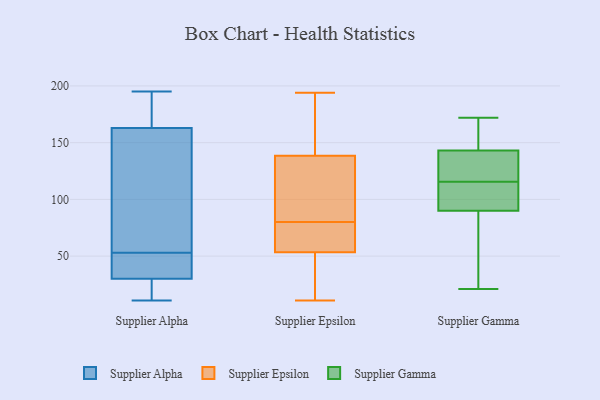
{"axis": {"x": "Market Share (%)", "y": "Value"}, "legend": ["Supplier Alpha", "Supplier Epsilon", "Supplier Gamma"], "data": [{"x": "", "y": 11, "type": "Supplier Alpha"}, {"x": "", "y": 166, "type": "Supplier Alpha"}, {"x": "", "y": 30, "type": "Supplier Alpha"}, {"x": "", "y": 112, "type": "Supplier Alpha"}, {"x": "", "y": 195, "type": "Supplier Alpha"}, {"x": "", "y": 19, "type": "Supplier Alpha"}, {"x": "", "y": 61, "type": "Supplier Alpha"}, {"x": "", "y": 163, "type": "Supplier Alpha"}, {"x": "", "y": 45, "type": "Supplier Alpha"}, {"x": "", "y": 40, "type": "Supplier Alpha"}, {"x": "", "y": 146, "type": "Supplier Epsilon"}, {"x": "", "y": 60, "type": "Supplier Epsilon"}, {"x": "", "y": 76, "type": "Supplier Epsilon"}, {"x": "", "y": 186, "type": "Supplier Epsilon"}, {"x": "", "y": 47, "type": "Supplier Epsilon"}, {"x": "", "y": 45, "type": "Supplier Epsilon"}, {"x": "", "y": 16, "type": "Supplier Epsilon"}, {"x": "", "y": 175, "type": "Supplier Epsilon"}, {"x": "", "y": 69, "type": "Supplier Epsilon"}, {"x": "", "y": 131, "type": "Supplier Epsilon"}, {"x": "", "y": 84, "type": "Supplier Epsilon"}, {"x": "", "y": 194, "type": "Supplier Epsilon"}, {"x": "", "y": 115, "type": "Supplier Epsilon"}, {"x": "", "y": 11, "type": "Supplier Epsilon"}, {"x": "", "y": 76, "type": "Supplier Epsilon"}, {"x": "", "y": 113, "type": "Supplier Epsilon"}, {"x": "", "y": 92, "type": "Supplier Gamma"}, {"x": "", "y": 121, "type": "Supplier Gamma"}, {"x": "", "y": 42, "type": "Supplier Gamma"}, {"x": "", "y": 120, "type": "Supplier Gamma"}, {"x": "", "y": 172, "type": "Supplier Gamma"}, {"x": "", "y": 61, "type": "Supplier Gamma"}, {"x": "", "y": 151, "type": "Supplier Gamma"}, {"x": "", "y": 143, "type": "Supplier Gamma"}, {"x": "", "y": 21, "type": "Supplier Gamma"}, {"x": "", "y": 155, "type": "Supplier Gamma"}, {"x": "", "y": 106, "type": "Supplier Gamma"}, {"x": "", "y": 111, "type": "Supplier Gamma"}, {"x": "", "y": 126, "type": "Supplier Gamma"}, {"x": "", "y": 90, "type": "Supplier Gamma"}, {"x": "", "y": 92, "type": "Supplier Gamma"}, {"x": "", "y": 123, "type": "Supplier Gamma"}, {"x": "", "y": 56, "type": "Supplier Gamma"}, {"x": "", "y": 162, "type": "Supplier Gamma"}]}